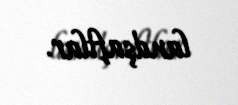
landşaftlar.